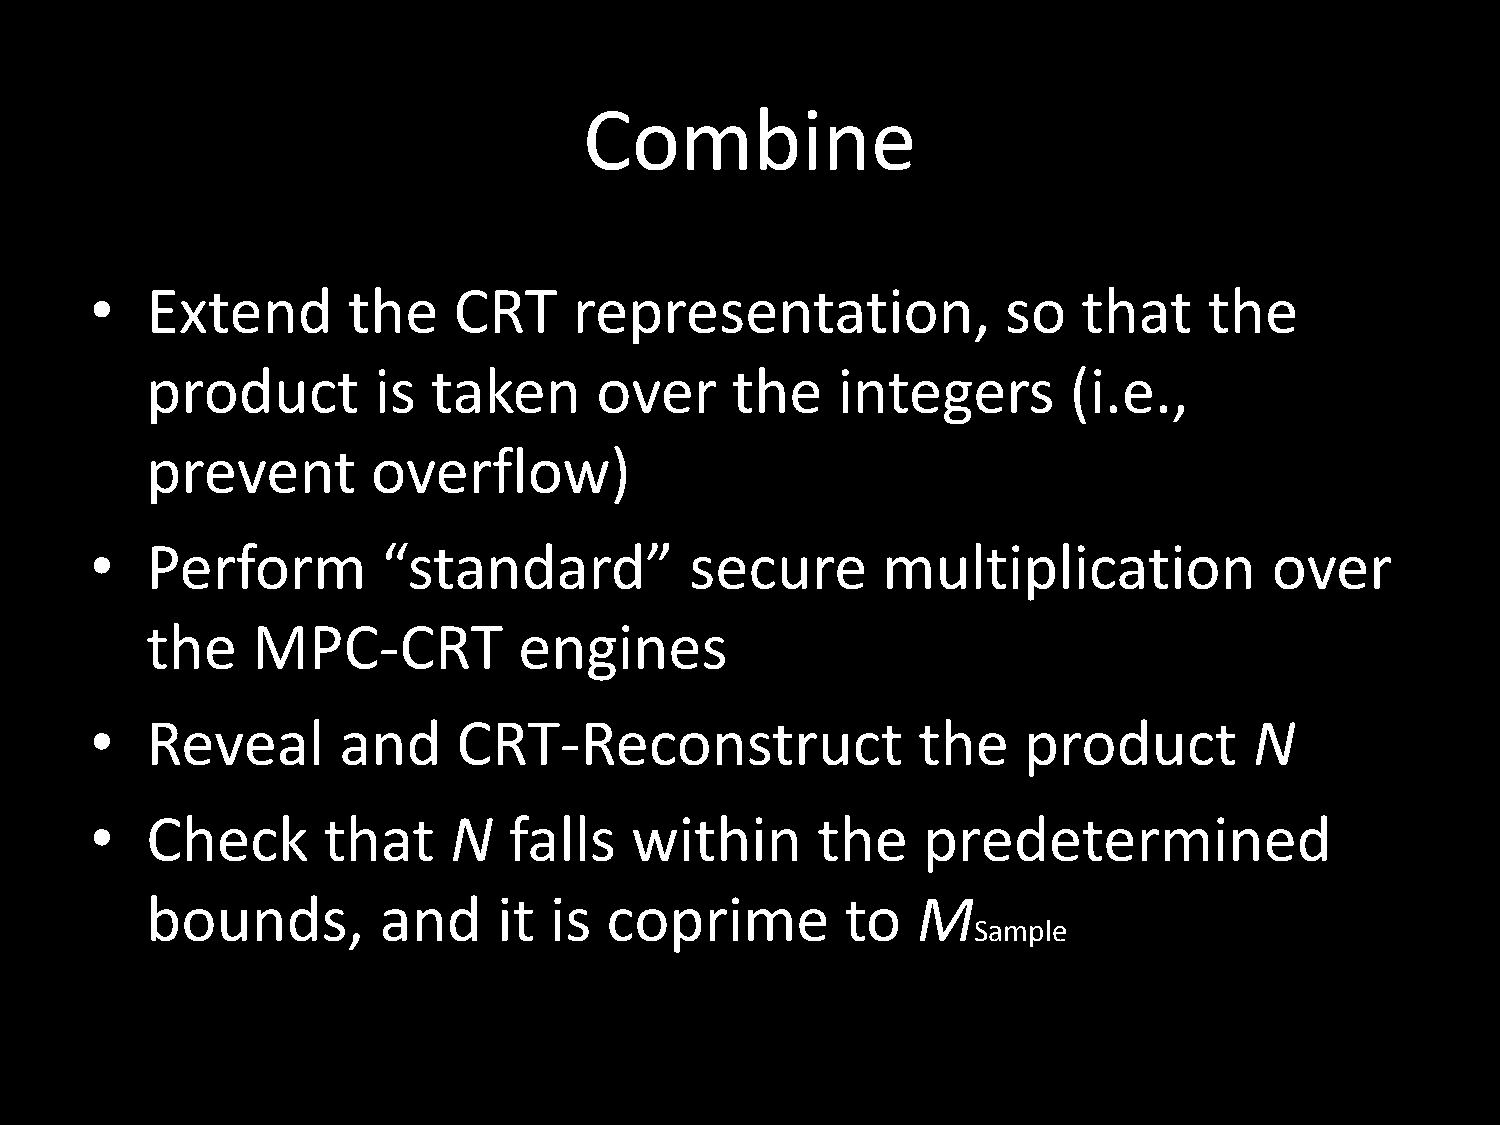
Combine
 •   Extend       the    CRT     representation,              so   that    the
 product        is  taken     over     the    integers        (i.e.,
 prevent        overflow)
 •   Perform        “standard”           secure      multiplication            over
 the    MPC-CRT          engines
 •   Reveal      and     CRT-Reconstruct                the    product        N
 •   Check      that     N   falls   within      the    predetermined
 bounds,        and     it is  coprime         to   M
 Sample